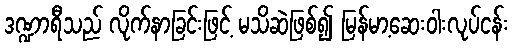
ဒဏ္ဍာရီသည် လိုက်နာခြင်းဖြင့် မသိဆဲဖြစ်၍ မြန်မာ့ဆေးဝါးလုပ်ငန်း